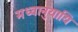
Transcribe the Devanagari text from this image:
मध्वानुयायि